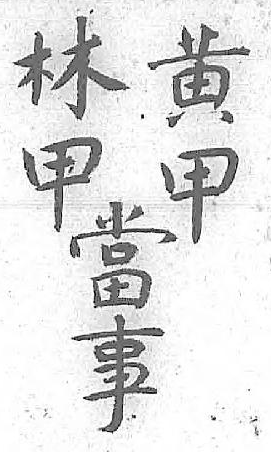
林黄當甲甲事